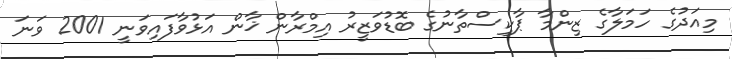
މިއަދުގެ ހަމަލާގެ ޒިންމާ ޕާކިސްތާނުގެ ބޮޑުވަޒީރު އިމްރާން ޚާން އަޅުވާފައިވަނީ 2001 ވަނަ